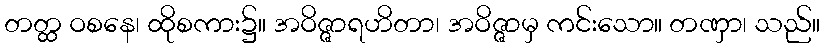
တတ္ထ ဝစနေ၊ ထိုစကား၌။ အဝိဇ္ဇာရဟိတာ၊ အဝိဇ္ဇာမှ ကင်းသော။ တဏှာ၊ သည်။